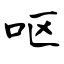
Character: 呕